Medical and sanitary report of the native army of Bengal for the year
Year: 1878
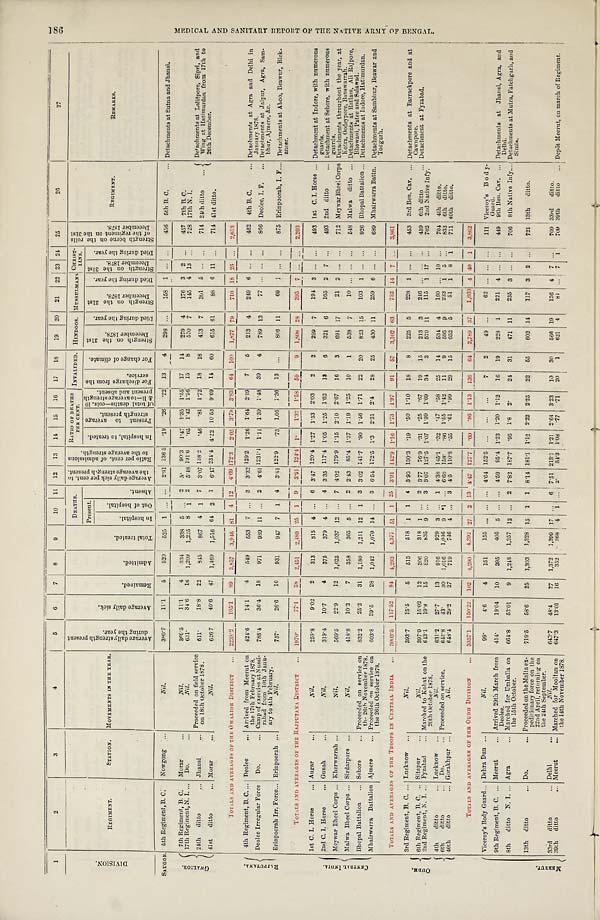
1
2
3
4
5
6
7 8
9
10 1 1 12 13 1 4 15 16 17 18 19 20 21 22 23 24 25
26
27
D I V I S I O N .
REGIMENT.
STATION. MOVEMENTS IN THE YEAR.
A v e r a g e d a i l y s t r e n g t h p r e s e n t d u r i n g t h e y e a r .
A v e r a g e d a i l y s i c k .
R e m a i n e d .
A d m i t t e d .
T o t a l t r e a t e d .
DEATHS.
A v e r a g e d a i l y s i c k p e r c e n t . t o t h e a v e r a g e s t r e n g t h p r e s e n t .
R a t i o p e r c e n t . o f a d m i s s i o n s t o t h e a v e r a g e s t r e n g t h . RATIO OF DEATHS
PER CENT.
I N V A L I D E D .
HINDOOS.
M U S S U L M A N S CHRIST- IANS. S t r e n g t h b o r n e o n t h e r o o l s o f t h e r e g i m e n t o n t h e 3 1 s t D e c e m b e r 1 8 7 8 .
REGIMENT.
R E M A R K S .
Present.
A b s e n t .
I n h o s p i t a l , t o t r e a t e d . P r e s e n t t o a v e r a g e s t r e n g t h p r e s e n t . O f t o t a l d e a t h s — c o l s . 1 0 & 1 1 — 1 0 a v e r a g e s t r e n g t h p r e s e n t a n d a b s e n t . F o r d i s c h a r g e f r o m t h e s e r v i c e .
F o r c h a n g e o f c l i m a t e .
S t r e n g t h o n t h e 3 1 s t D e c e m b e r 1 8 7 8 .
D i e d d u r i n g t h e y e a r .
S t r e n g t h o n t h e 3 1 s t D e c e m b e r 1 8 7 8 .
D i e d d u r i n g t h e y e a r .
S t r e n g t h o n t h e 3 1 s t D e c e m b e r 1 8 7 8 .
D i e d d u r i n g t h e y e a r .
I n h o s p i t a l .
O u t o f h o s p i t a l .
SAUGOR. 5th Regiment, B. C.
Nowgong
N i l .
380.7 11.1 5
5 2 0 525 1 . . . . . . 2.91 136.5
. 1 9 . 2 6 22 13 4 298 ... 158 1 ... ... 456 5th B. C.
... Detachments at Sutna and Jhansi.
G W A L I O R .
7th Regiment, B. C. Morar
...
Nil.
369.5 11.1 4 334 338 5
. . . 2
3. 90.3 1.47 1.35 1.55 17 14 279 4 176 3 2 ... 457 7th B. C.
17th Regiment, N. I. ... Do.
...
Nil.
631.
34.6 16 1,209 1,225 8 1 2 5.48 191.6 .65 1.42 1.56 15 8 570 7 145 4 13 ... 728 17th N. I.
24th ditto
... Jhansi
. . Proceeded on field service
on 18th October 1878.
611.
18.8 22
8 4 5 867 4 1 7 3.07 138.2
. 4 6
. 8 1 1.72 18 18 413 7 301 5 ... ... 714 24th ditto . . Detachments at Lalitpore, Sipri, and
Wing at Hatimurdan from 17th to
26th December.
41st ditto
... Morar
. . .
Nil.
626.7 40.6 47 1,469 1,516 64 2 1 6.17 234.4 4.22 10.53 9.69 14 60 615 61
88 6 11 ... 714 41st ditto.
TOTALS AND AVERAGES OF THE GWALIOR DISTRICT
2238.2 105.1 89 3,857 3,946 81 4 12 4.69 172.3 2.05 3.79 3.83 64 100 1,877 79 710 18 26
... 2,613
R A J P U T A N A . 4th Regiment, B. C. ... Deolee
... Arrived from Meerut on
the 17th February 1878. 424.6 14.1 4 549 553 7 ... 3 3.32 129.2 1.26 1.64 2.19 7 5 213 4 249 6 ... ... 462 4th B. C.
... Detachments at Agra and Delhi in
January 1878.
Deolee Irregular Force Do.
... Camp of exercise at Nussi-
rabad from 10th Janu
-ary to 4th February.
788.4 36.4 18 971
9 8 9 11 ... 2 4.61 1231.1 1.11 1.39 1.48 39 4 789 13
7 7 . . . ...... 866 Deolee, I. F. ... Detachments at Jaipur, Agra, Sam-
bhur, Ajmere, &c.
Erinpoorah Irr. Force... Erinpoorah . . .
Nil.
757.
26.6 16 931 947 7 1 4 3.51 122.9
. 7 3 1.05 1.36 13 ...
806 11
69 1 ...... 875 Erinpoorah, I. F. ... Detachments at Aboo, Beawur, Bick-
ancer.
TOTALS AND AVERAGES OF THE RAJPUTANA DISTRICT
1970.
77.1 38
2 , 4 5 1 2,489 25
1 9
3.91 124.4 1. 1.32
1 . 5 8 5 9
9
1,808 28 395 7 ... ...
2,203
C E N T R A L I N D I A .
1st C. I. Horse ... Augar . . .
Nil.
259.8
9.02 2 313 315 4 ... 6 3.47 120.4
1 . 2 7 1.53 2.03 2 2 299 7 194 3 ... ... 493 1st C. I. Horse ... Detachment at Indore, with numerous
guards.
2nd C. I. Horse ... Gunah
...
Nil.
319.4 10.7
4 375 379 4 ... 4 3.35 117.4 1.05 1.25 1.62 13 8 321 6 165 2 7 ... 493 2nd ditto
... Detachment at Sehore, with numerous
guards.
Meywar Bheel Corps ... Kherwarrah ...
Nil.
569.5 22.9
12 1,025 1,037 12 ... 7 4.02 179.9
1 . 1 5 2.10
2 . 6 7 16 3 691 17
21 2 ... ... 712 Meywar Bheel Corps Detachments throughout the year, at
Kotra, Oodeypore, Banswarrah.
Malwa Bheel Corps ... Sirdarpore . . .
Nil.
418.8 10.2
7 358 365 5 ... 2 2.43 85.4 1.37 1.19 1.25 10 1 538 7
10 ... ... ... 548 Malwa ditto ... Detachments at Ratlam, Ali Rajpore,
Bhowani, Patee and Salawad.
Bhopal Battalion ... Sehore
... Proceeded on service on
the 26th November 1878. 832.2 25.2 31 1,180 1,211 12 1 3 3.02 141.7
. 9 0 1.56 1.71 22 20 823 15 103 1 ... ... 926 Bhopal Battalion ... Detachments at Indore, Hatimurdan.
Mhairwarra Battalion Ajmere
... Proceeded on service on
the 26th October 1878.
6 0 3 . 8 39.5
28 1,042 1,070 14 ... 3 6.54 172.5 1.3 2.31 2.4
28 25 430 11 259 6 ... ... 689 Mhairwarra Battn. Detachments at Sambhur, Beawar and
Todgurh.
TOTALS AND AVERAGES OF THE TROOPS IN CENTRAL INDIA
3003.5 117.52 84 4,293 4,377 51 1 25 3.91 142.9 1.16 1.73 1.97 91 57 3,102 63 752 14 7
...
3,861
O U D H .
3rd Regiment, B. C. ... Lucknow
. . .
Nil.
393.7 15.5
5 513 518 1 1 4 3.93 130.3
. 1 9 . 5 0 1.10 18 8 225 5 228 1 ... ... 453 3rd Ben. Cav. . . . Detachments at Barrackpore and at
Cawnpore.
6th Regiment, B. C. ... Sitapur
Nil.
397.9 15.02 12 306 318 1 . . . 2 3.77 76.9
. 3 1
. 2 5
. 6 7 19 15 213 3 246 . . .
... ... 459 6th ditto
... Detachment at Fyzabad.
2nd Regiment, N. I. ... Fyzabad ... Marched to Kohat on the
20th October 1878.
643.1 19.8
15 820 835 9 . . . 3 3.07 127.5 1.07
1 . 3 9
1 . 6 9 34 3 570 11 115 1 17 ... 702 2nd Native Infy.
4th ditto
... Lucknow ...
Nil.
631.2 27.7
13 916 929 3 ... 1 4.38 145.1
. 3 2 . 4 7
. 5 8 25 14 534 4 160 ... 10 ... 704 4th ditto.
6th ditto
... Do.
... Proceeded on service.
642.8
4 3 .
30 1,016 1,046 9 1 * ... 6.68 158.
. 8 6 1.55 1.42 11 9 595 9 233 1 5 ... 833 6th ditto.
40th ditto
... Gorakhpur ...
N i l .
648.4 29.2
27 719 746 4 . . . 3 4.5 110.8
. 5 5
. 6 1
. 9 9 29 15 652 5
51 1 8 1 711 40th ditto.
TOTALS AND AVERAGES OF THE OUDH DIVISION
3357.1 150.22 102 4,290 4,392 27 2 13 4.47 127.7
. 6 0 . 8 6 1.13 136 64 2,789 37 1,033 4 40 1 3,862
M E E R U T . Viceroy's Body Guard ... Debra Dun ...
Nil.
99.
4 . 6
4 151 155 ... ... ... 4.64 152.5
. . .
. . . ...
7 2
49 ...
6 2
. . . ... ...
111 Viceroy's Body-
Guard.
9th Regiment, B. C. ... Meerut
... Arrived 29th March from
Deolee.
414. 19.04 10 395 405 5 ... . . . 4.59 95.4 1.23 1.20 1.12 16 19 228 1 221 4 ... ... 449 9th Ben. Cav. ... Detachments at Jhansi, Agra, and
Delhi.
8th ditto N. I. . . . Agra
... Marched for Umballa on
the 15th October.
664.8 52.01 9 1,248 1,257 12 . . . 2 7.82 187.7
. 9 5 1.8 2 .
24 31 471 11 235 3 ... ... 706 8th Native Infy.... Detachments at Mutra, Fatehgurh, and
Simla.
13th ditto
. . . Do.
. . . Proceeded on the Malta ex-
peditionary force on the
22nd April, returning on
the 24th September.
719.5 58.6
25 1,303 1,328 15 1 1 8.14 181.1 1.12 2.22 2.25 22 55 602 14 117 3 2 ... 721 13th ditto.
33rd ditto
... Delhi
...
Nil.
643.7 48.4
27 1,372 1,399 17 ... 6 7.51 213.1 1.21 2.64 3.23 10 30 566 19 136 4 7 ... 709 33rd ditto.
39th ditto
. . . Meerut
.. Marched for Mooltan on
the 11th November 1878. 647.3 13.01 16 352 368 4 1 ... 2. 54.3
1 . 0 8 . 7 7
. 7 1 20 1 621 4
81 ... 7 1 709 39th ditto ... Depôt Meerut, on march of Regiment.
1 8 6 M E D I C A L A N D S A N I T A R Y R E P O R T O F T H E N A T I V E A R M Y O F B E N G A L .